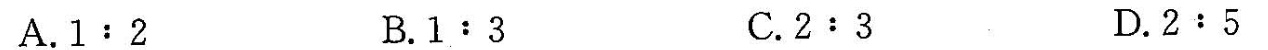
A. $$1 ﹔ 2$$ B.$$1 : 3$$ C.$$ 2 : 3$$ D.$$2 ﹔ 5$$